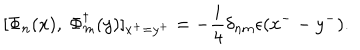
[ \Phi _ { n } ( x ) , \ \Phi _ { m } ^ { \dagger } ( y ) ] _ { x ^ { + } = y ^ { + } } = - \frac { i } { 4 } \delta _ { n m } \epsilon ( x ^ { -- } y ^ { - } ) .